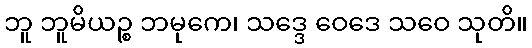
ဘူ ဘူမိယဉ္စ ဘမုကေ၊ သဒ္ဒေ ဝေဒေ သဝေ သုတိ။